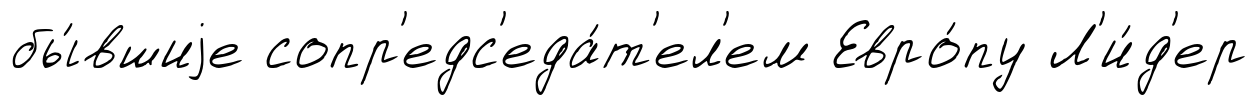
бы́вшиjе сопр'едс'еда́т'ел'ем Евро́пу Л'и́д'ер